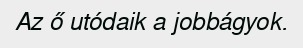
Az ő utódaik a jobbágyok.